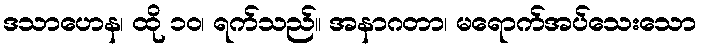
ဒသာဟေန၊ ထို ၁၀၊ ရက်သည်။ အနာဂတာ၊ မရောက်အပ်သေးသော